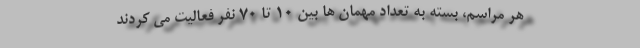
هر مراسم، بسته به تعداد مهمان ها بین ۱۰ تا ۷۰ نفر فعالیت می کردند